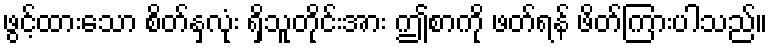
ဖွင့်ထားသော စိတ်နှလုံး ရှိသူတိုင်းအား ဤစာကို ဖတ်ရန် ဖိတ်ကြားပါသည်။